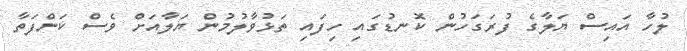
ލުހާ އައިސް ޔަލާގެ ފުރަގަހުން ކޮނޑުގައި ހިފައި ތަޅުވާލުމުން ޔަލާއަށް ވެސް ކަންފަތާ